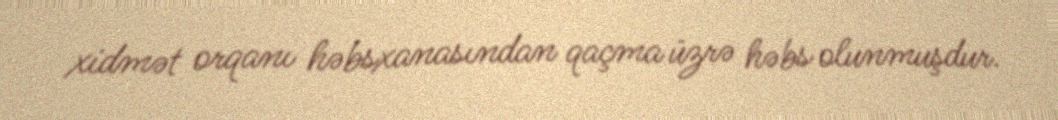
xidmət orqanı həbsxanasından qaçma üzrə həbs olunmuşdur.